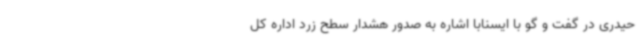
حیدری در گفت و گو با ایسنابا اشاره به صدور هشدار سطح زرد اداره کل